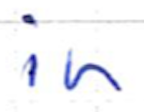
Text: in
Cross-out: clean
Writing tool: ballpoint